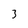
Character: 3